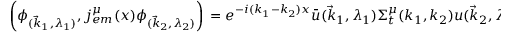
\left( \phi _ { ( \vec { k } _ { 1 } , \lambda _ { 1 } ) } , j _ { e m } ^ { \mu } ( x ) \phi _ { ( \vec { k } _ { 2 } , \lambda _ { 2 } ) } \right) \nonumber \, = e ^ { - i ( k _ { 1 } - k _ { 2 } ) x } \bar { u } ( \vec { k } _ { 1 } , \lambda _ { 1 } ) \Sigma _ { t } ^ { \mu } ( k _ { 1 } , k _ { 2 } ) u ( \vec { k } _ { 2 } , \lambda _ { 2 } )